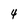
Character: 4